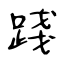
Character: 踐